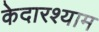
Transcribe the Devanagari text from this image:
केदारश्याम